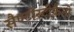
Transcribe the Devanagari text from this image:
सैण्टोस्टीफ़ैनो